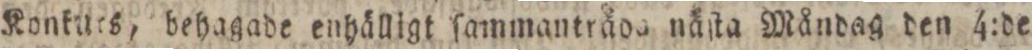
Konkurs, behagade enhälligt ſammantrada näſta Måndag den 4:de